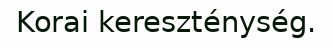
Korai kereszténység.